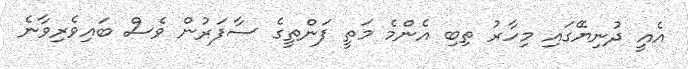
އެއީ ދުނިޔޭގައި މިހާރު ތިބި އެންމެ މަތީ ފަންތީގެ ސާފަރުން ވެސް ބައިވެރިވާނެ